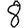
Digit: 8